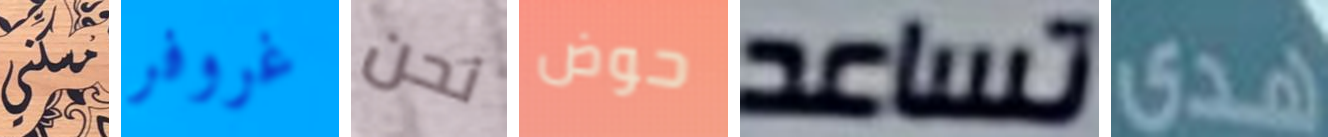
مسكني غروفر نحن حوض تساعد هدى